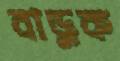
বাড়ুক